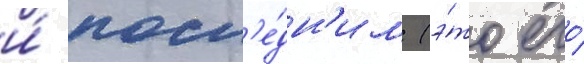
и́ посл'е́дн'им (э́то его́